Sanitation, dispensaries and jails vaccination Rajputana 1922-1927 - 1922-1927
Year: 1922
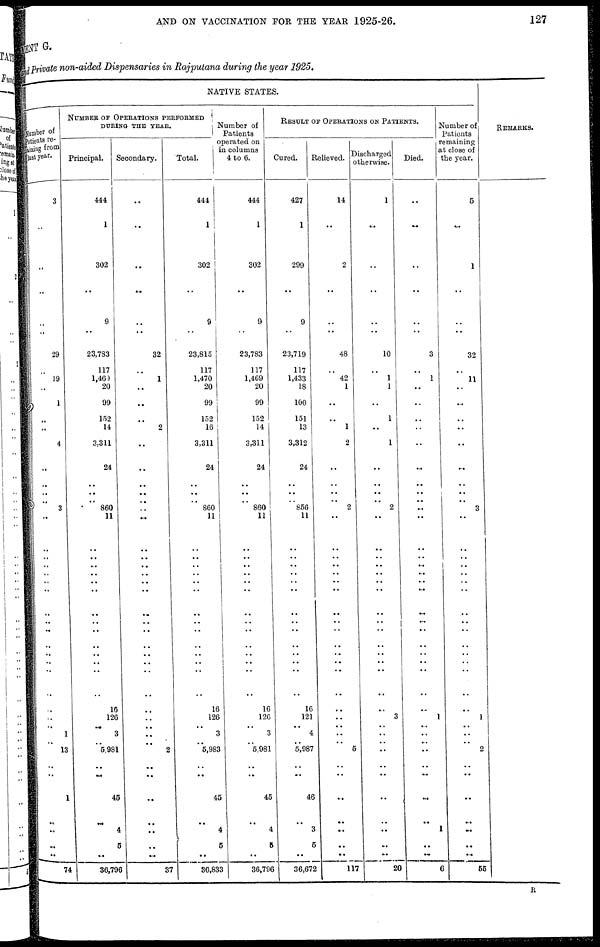
AND ON VACCINATION FOR THE YEAR 1925-26.
127
MENT G.
and private non-aided Dispensaries in Rajputana during the year 1925.
NATIVE STATES.
Number of
patients re¬
maining from
last year.
3
..
..
..
..
29
..
19
..
1
..
..
4
..
..
..
.. 3
..
..
..
..
..
..
..
..
..
..
..
..
..
..
..
..
..
..
1
..
13
..
..
1
..
..
..
..
74
NUMBER OF OPERATIONS PERFORMED
DURING THE YEAR.
Principal.
444
1
302
..
9
23,783
117
1,469
20
99
152
14
3.311
24
..
..
.. 860
11
..
..
...
..
..
..
..
..
..
..
..
..
..
..
16
126
..
3
.. 5,981
..
..
45
..
4
5
..
36,796
Secondary.
..
..
..
..
..
32
..
1
..
...
..
2
..
..
..
..
..
..
..
..
..
..
..
..
..
..
..
..
..
..
..
..
..
..
..
..
..
..
2
..
..
..
..
..
..
..
37
Total.
444
1
302
..
9
23,815
117
1,470
20
99
152
16
3,311
24
..
..
..
860
11
..
..
..
..
..
..
..
..
..
..
..
..
..
..
16
126
..
3
.. 5,983
..
..
45
..
4
5
..
36,833
Number of
Patients
operated on
in columns
4 to 6.
444
1
302
..
9
23,783
117
1,469
20
99
152
14
3,311
24
..
..
..
860
11
..
..
..
..
..
..
..
..
..
..
..
..
..
..
16
126
..
3
.. 5,981
..
..
45
..
4
5
..
36,796
RESULT OF OPERATIONS ON PATIENTS.
Cured.
427
1
299
..
9
23,719
117
1,433
18
100
151
13
3,312
24
..
..
.. 856
11
..
..
..
..
..
..
..
..
..
..
..
..
..
..
16
121
..
4
.. 5,987
..
..
46
..
3
5
..
36,672
Relieved.
14
..
2
..
..
48
..
42
1
..
..
1
2
..
..
..
..
2
..
..
..
..
..
..
..
..
..
..
..
..
..
..
..
..
..
..
..
..
5
..
..
..
..
..
..
..
117
discharged
otherwise.
1
..
..
..
..
10
..
1
1
..
1
..
1
..
..
..
..
2
..
..
..
..
..
..
..
..
..
..
..
..
..
..
..
..
3
..
..
..
..
..
..
..
..
..
..
..
20
Died.
..
..
..
..
..
3
..
1
..
..
..
..
..
..
..
..
..
..
..
..
..
..
..
..
..
..
..
..
..
..
..
..
..
..
1
..
...
..
..
..
..
..
..
1
..
..
6
Number of
Patients
remaining
at close of
the year.
5
..
1
..
..
32
..
11
..
..
..
..
..
..
..
..
..
3
..
..
..
..
..
..
..
..
..
..
..
..
..
..
..
..
1
..
..
..
2
..
..
..
..
..
..
..
55
REMARKS.
R